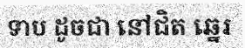
ទាប ដូចជា នៅជិត ឆ្នេរ